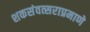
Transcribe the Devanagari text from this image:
शकसंवत्सराप्रमाणे